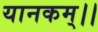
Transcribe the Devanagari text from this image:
यानकम्।।